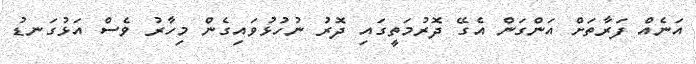
އަނެއް ފަރާތަށް އަންގަން އެގޭ ދޮރުމަތީގައި ދޮރު ނުހުޅުވައިގެން މިހާރު ވެސް އަޅުގަނޑު